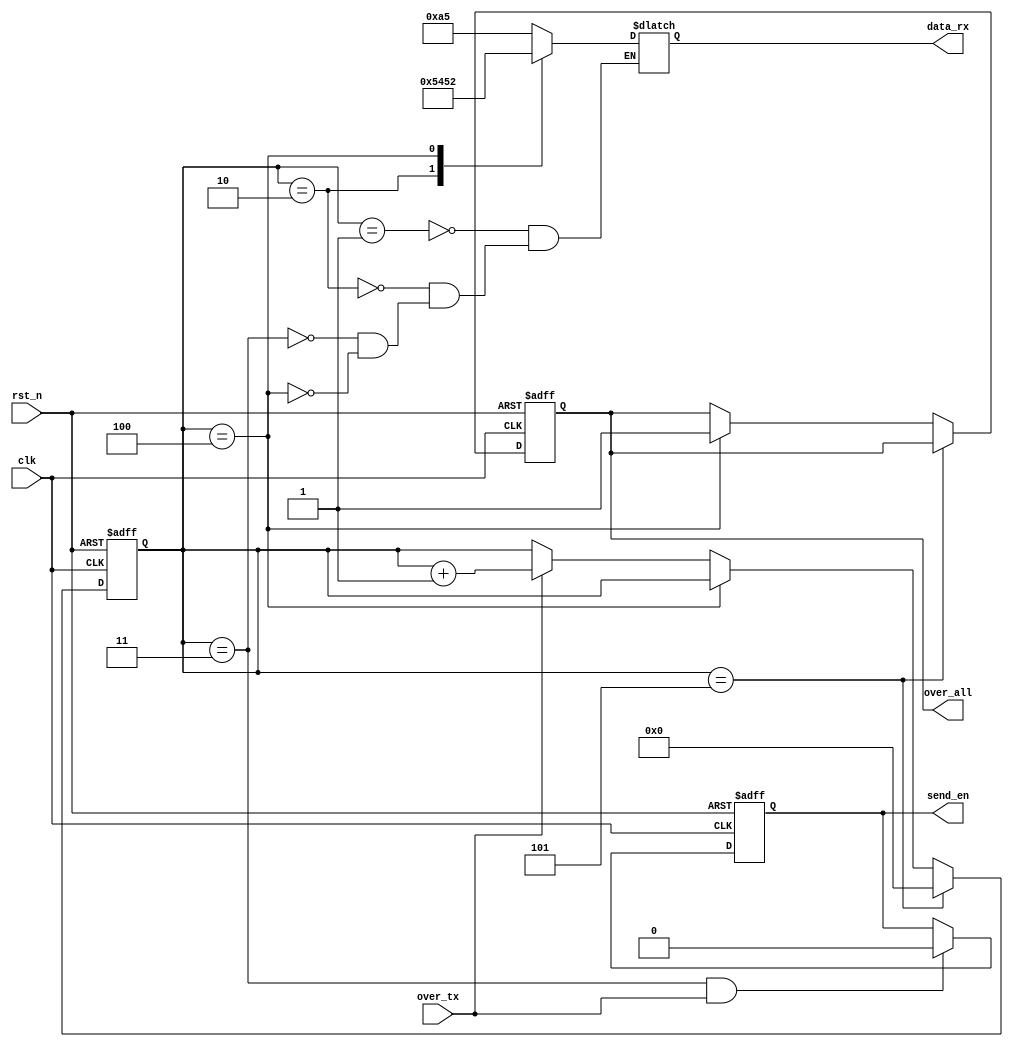
module uart_tx_dzj(
	input clk,
	input rst_n,
	input over_tx,
	
	output reg [7:0]data_rx,
	output reg send_en,
	output reg over_all
    );
	reg[3:0] cnt;                          	//14   I like FPGA,too 14
	always@(posedge clk or negedge rst_n)   //  
	begin
	if(!rst_n)begin
	 cnt<=1'b0;over_all<=1'b0;end
	else if(cnt==4'd5)
	 cnt<=1'b0;
	else if(cnt==4'd4)
	 over_all<=1'b1; 
	else if(over_tx)
	 cnt<=cnt+1'b1;
	else begin cnt<=cnt; over_all<=over_all; end
	end 
	
	always@(posedge clk or negedge rst_n)
	begin
		if(!rst_n)
			send_en<=1'b1;
		else if(cnt==4'b0011&over_tx)
			send_en<=1'b0;
		else send_en<=send_en;
	end 
	
	always@(*)
	       begin
		   case(cnt)
		    4'd1 : data_rx <= 8'hA5; //0xA5+0x51: 
			4'd2 : data_rx <= 8'h54;     //0
			4'd3 : data_rx <= 8'hA5;  //0xA5+0x52:
			4'd4 : data_rx <= 8'h52;
			endcase
		   end
endmodule